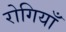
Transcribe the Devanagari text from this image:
रोगियाँ